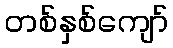
တစ်နှစ်ကျော်